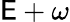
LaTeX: \mathsf{E}+\omega